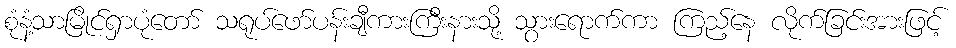
စုံနံ့သာမြိုင်ရှာပုံတော် သရုပ်ဖော်ပန်းချီကားကြီးနားသို့ သွားရောက်ကာ ကြည့်နေ လိုက်ခြင်းအားဖြင့်